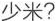
少米?